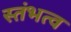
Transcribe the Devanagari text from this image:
स्तंभत्व